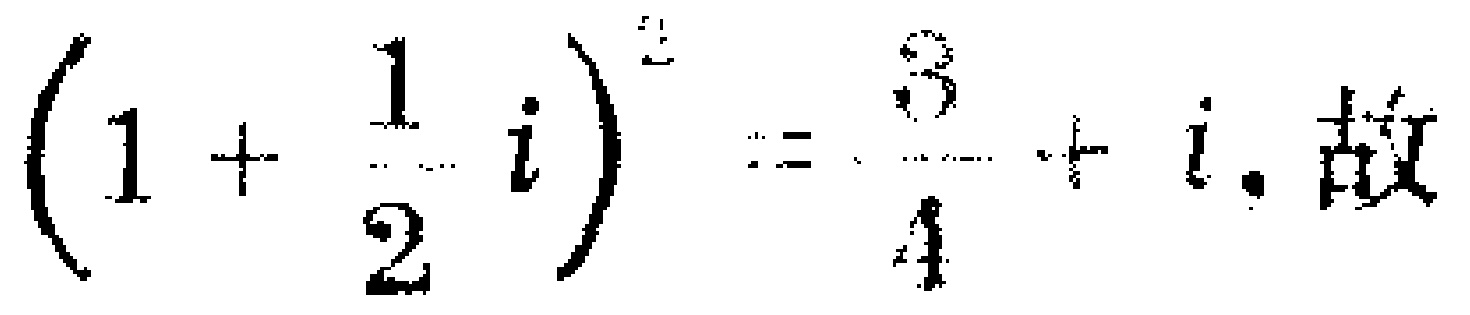
\((1 + \frac{1}{2}i)^{2}=\frac{3}{4}+i.\) 故